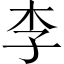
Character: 李